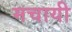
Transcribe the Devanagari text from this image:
मचायी